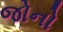
જોનો